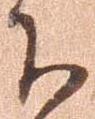
下